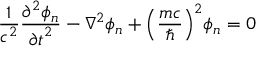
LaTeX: { \frac { 1 } { { c } ^ { 2 } } } { \frac { { \partial } ^ { 2 } { \phi } _ { n } } { { \partial t } ^ { 2 } } } - { { \nabla } ^ { 2 } { \phi } _ { n } } + { \left( { \frac { m c } { \hbar } } \right) } ^ { 2 } { \phi } _ { n } = 0